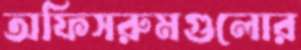
অফিসরুমগুলোর